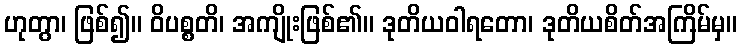
ဟုတွာ၊ ဖြစ်၍။ ဝိပစ္စတိ၊ အကျိုးဖြစ်၏။ ဒုတိယဝါရတော၊ ဒုတိယစိတ်အကြိမ်မှ။